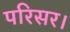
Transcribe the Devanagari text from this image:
परिसर।